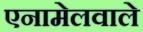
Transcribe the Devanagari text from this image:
एनामेलवाले